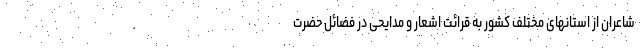
شاعران از استانهای مختلف کشور به قرائت اشعار و مدایحی در فضائل حضرت